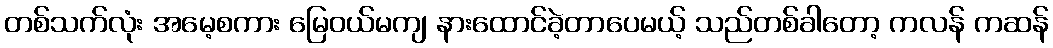
တစ်သက်လုံး အမေ့စကား မြေဝယ်မကျ နားထောင်ခဲ့တာပေမယ့် သည်တစ်ခါတော့ ကလန် ကဆန်